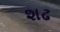
શઢ